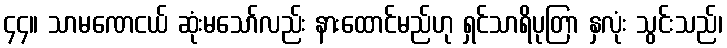
၄၄။ သာမဏေငယ် ဆုံးမသော်လည်း နားထောင်မည်ဟု ရှင်သာရိပုတြာ နှလုံး သွင်းသည်၊